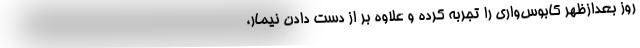
روز بعدازظهر کابوس‌واری را تجربه کرده و علاوه بر از دست دادن نیمار،